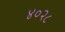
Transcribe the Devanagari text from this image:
४०२८